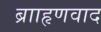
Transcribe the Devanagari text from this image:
ब्रााहृणवाद